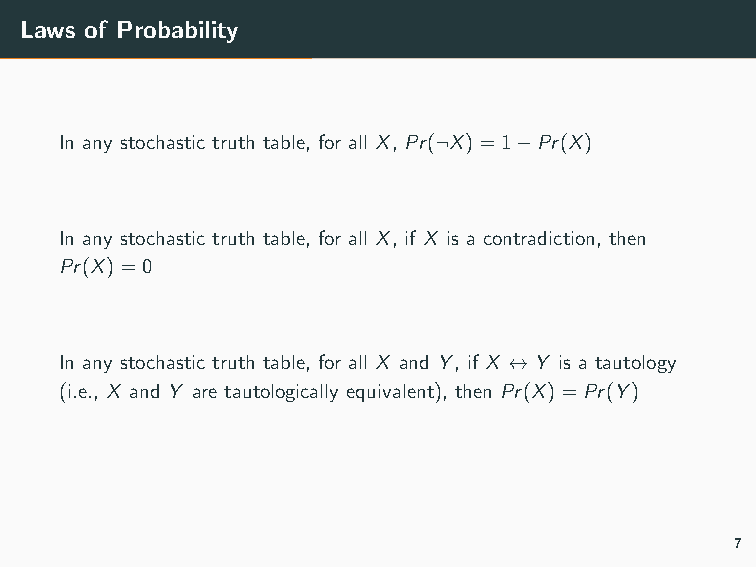
Laws of Probability
 In any stochastic truth table, for all X, Pr(¬X)=1−Pr(X)
 In any stochastic truth table, for all X, if X is a contradiction, then
 Pr(X)=0
 In any stochastic truth table, for all X and Y, if X ↔Y is a tautology
 (i.e., X and Y are tautologically equivalent), then Pr(X)=Pr(Y)
 7